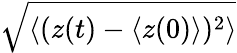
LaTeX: \sqrt{\langle(z(t)-\langle z(0)\rangle)^{2}\rangle}